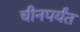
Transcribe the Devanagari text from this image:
चीनपर्यंत